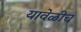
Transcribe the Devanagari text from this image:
यावेळीच